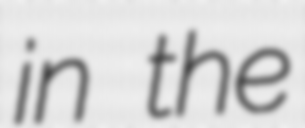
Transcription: in the